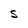
Character: S